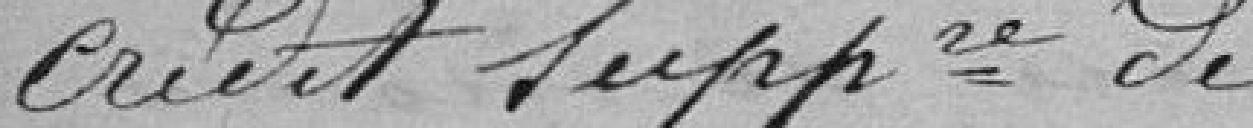
crédit supplémentaire de